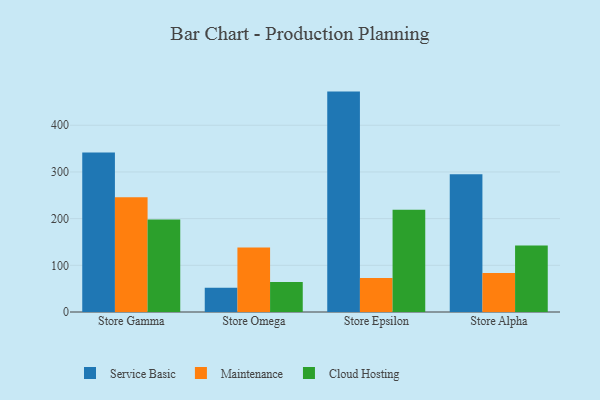
{"axis": {"x": "Store", "y": "Satisfaction Score"}, "legend": ["Cloud Hosting", "Maintenance", "Service Basic"], "data": [{"x": "Store Gamma", "y": 341.5, "type": "Service Basic"}, {"x": "Store Gamma", "y": 246.0, "type": "Maintenance"}, {"x": "Store Gamma", "y": 198.1, "type": "Cloud Hosting"}, {"x": "Store Omega", "y": 52.1, "type": "Service Basic"}, {"x": "Store Omega", "y": 137.9, "type": "Maintenance"}, {"x": "Store Omega", "y": 64.0, "type": "Cloud Hosting"}, {"x": "Store Epsilon", "y": 472.1, "type": "Service Basic"}, {"x": "Store Epsilon", "y": 73.0, "type": "Maintenance"}, {"x": "Store Epsilon", "y": 218.8, "type": "Cloud Hosting"}, {"x": "Store Alpha", "y": 295.2, "type": "Service Basic"}, {"x": "Store Alpha", "y": 83.8, "type": "Maintenance"}, {"x": "Store Alpha", "y": 142.4, "type": "Cloud Hosting"}]}